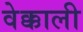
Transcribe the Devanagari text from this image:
वेक्काली